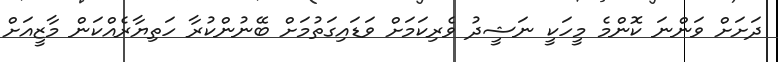
ދަށަށް ވަންނަ ކޮންމެ މީހަކީ ނަޝީދު ވެރިކަމަށް ވަޑައިގަތުމަށް ބޭނުންކުރާ ހަތިޔާރެއްކަން މާޒީއަށް